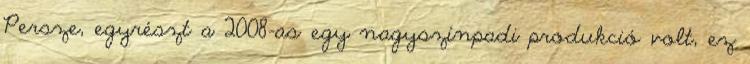
Persze, egyrészt a 2008-as egy nagyszínpadi produkció volt, ez